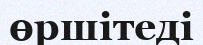
өршітеді